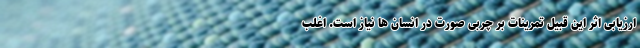
ارزیابی اثر این قبیل تمرینات بر چربی صورت در انسان ها نیاز است. اغلب